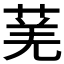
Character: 𬝆